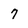
Character: 7